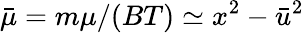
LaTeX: \bar{\mu}=m\mu/(BT)\simeq x^{2}-\bar{u}^{2}